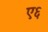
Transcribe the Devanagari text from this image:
ए६